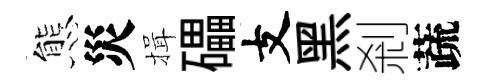
態災揖礧支黑剎蔬